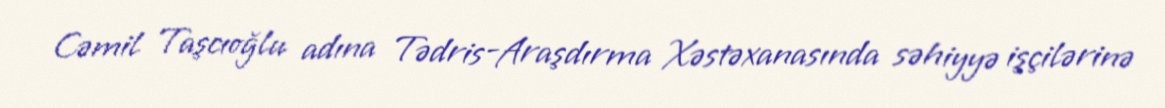
Cəmil Taşcıoğlu adına Tədris-Araşdırma Xəstəxanasında səhiyyə işçilərinə